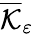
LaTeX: \overline{{\mathcal{K}}}_{\varepsilon}